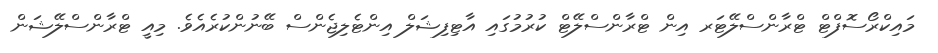
މައިކްރޯސޮފްޓް ޓްރާންސްލޭޓަރ އިން ޓްރާންސްލޭޓް ކުރުމުގައި އާޓިފިޝަލް އިންޓެލިޖެންސް ބޭނުންކުރެއެވެ. މިއީ ޓްރާންސްލޭޝަން